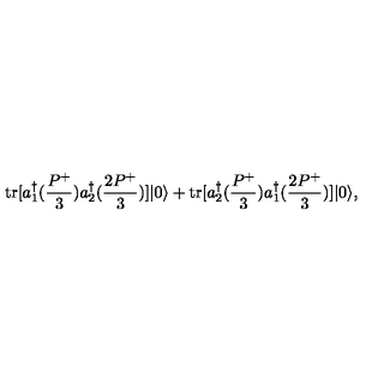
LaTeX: \mathrm { t r } [ a _ { 1 } ^ { \dagger } ( \frac { P ^ { + } } { 3 } ) a _ { 2 } ^ { \dagger } ( \frac { 2 P ^ { + } } { 3 } ) ] | 0 \rangle + \mathrm { t r } [ a _ { 2 } ^ { \dagger } ( \frac { P ^ { + } } { 3 } ) a _ { 1 } ^ { \dagger } ( \frac { 2 P ^ { + } } { 3 } ) ] | 0 \rangle ,